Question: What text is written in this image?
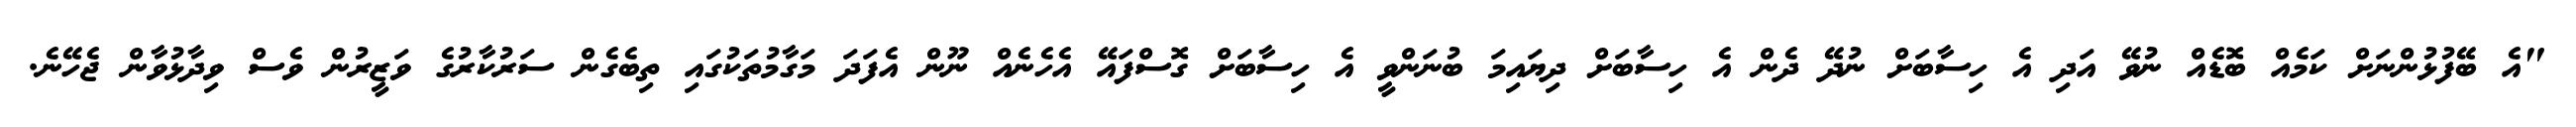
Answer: "އެ ބޭފުޅުންނަށް ކަމެއް ބޮޑެއް ނުވޭ އަދި އެ ހިސާބަށް ނުދޭ ދެން އެ ހިސާބަށް ދިޔައިމަ ބުނަންވީ އެ ހިސާބަށް ގޮސްފައޭ އެހެނެއް ނޫން އެފަދަ މަގާމުތަކުގައި ތިބެގެން ސަރުކާރުގެ ވަޒީރުން ވެސް ވިދާޅުވާން ޖެހޭނެ.